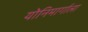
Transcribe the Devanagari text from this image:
योनिमार्गाला